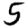
Digit: 5